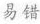
易错